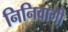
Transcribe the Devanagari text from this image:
निनिवागी